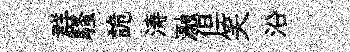
群騷詭涛瀜但笑沿